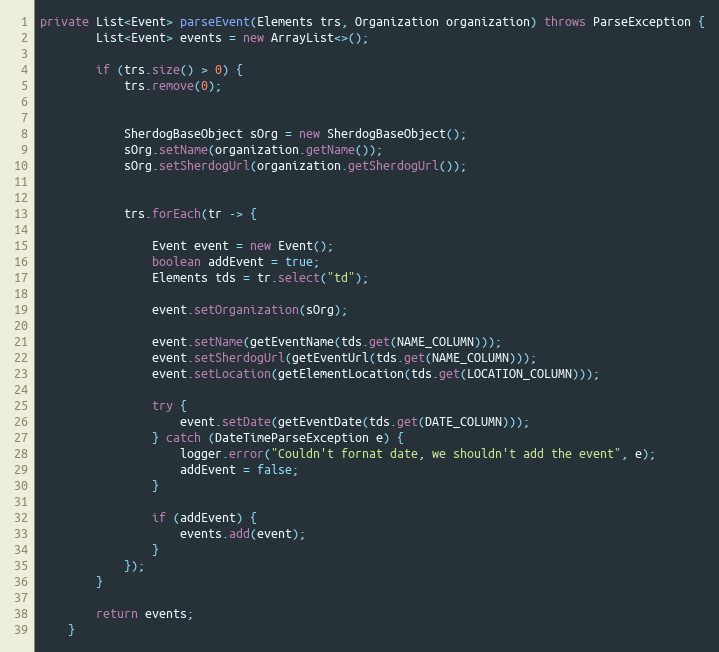
Language: Java
private List<Event> parseEvent(Elements trs, Organization organization) throws ParseException {
        List<Event> events = new ArrayList<>();

        if (trs.size() > 0) {
            trs.remove(0);

            SherdogBaseObject sOrg = new SherdogBaseObject();
            sOrg.setName(organization.getName());
            sOrg.setSherdogUrl(organization.getSherdogUrl());

            trs.forEach(tr -> {

                Event event = new Event();
                boolean addEvent = true;
                Elements tds = tr.select("td");

                event.setOrganization(sOrg);

                event.setName(getEventName(tds.get(NAME_COLUMN)));
                event.setSherdogUrl(getEventUrl(tds.get(NAME_COLUMN)));
                event.setLocation(getElementLocation(tds.get(LOCATION_COLUMN)));

                try {
                    event.setDate(getEventDate(tds.get(DATE_COLUMN)));
                } catch (DateTimeParseException e) {
                    logger.error("Couldn't fornat date, we shouldn't add the event", e);
                    addEvent = false;
                }

                if (addEvent) {
                    events.add(event);
                }
            });
        }

        return events;
    }